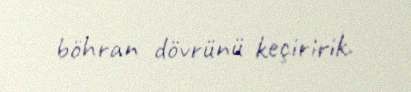
böhran dövrünü keçiririk.